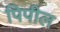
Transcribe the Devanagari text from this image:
पिपील